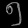
Digit: ၅